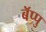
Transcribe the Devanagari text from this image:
बॅप्पु